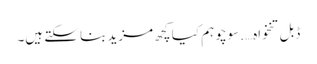
ڈبل تنخواہ….سوچو ہم کیا کچھ مزید بنا سکتے ہیں۔